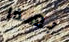
بهذا